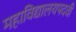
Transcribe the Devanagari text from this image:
महाविद्यालयपदवी